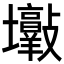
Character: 𡔋